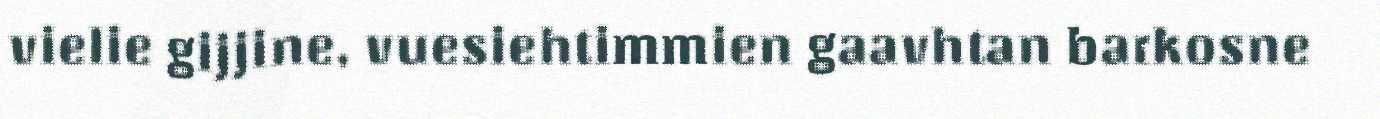
vielie gijjine, vuesiehtimmien gaavhtan barkosne